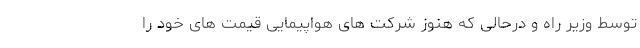
توسط وزیر راه و درحالی که هنوز شرکت های هواپیمایی قیمت های خود را